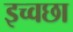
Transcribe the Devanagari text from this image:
इच्वछा